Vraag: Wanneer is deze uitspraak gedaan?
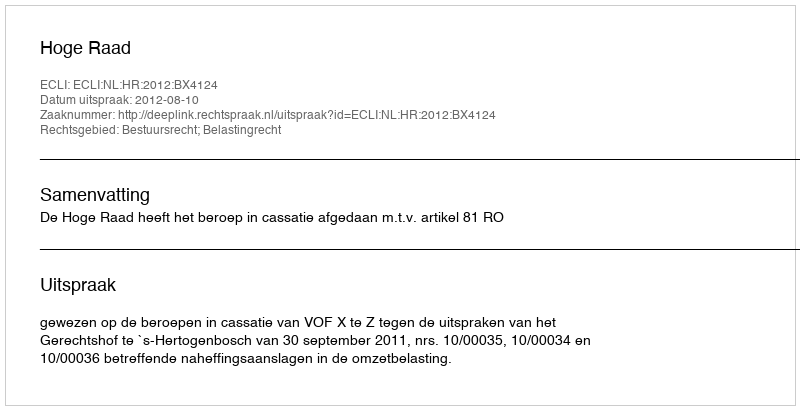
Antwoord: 2012-08-10